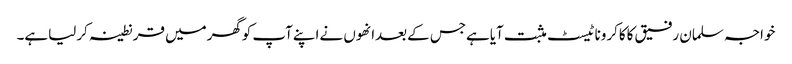
خواجہ سلمان رفیق کاکاکروناٹیسٹ مثبت آیاہےجس کےبعدانھوں نےاپنےآپ کوگھرمیں قرنطینہ کرلیاہے۔